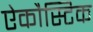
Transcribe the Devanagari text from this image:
ऐकौस्टिक